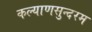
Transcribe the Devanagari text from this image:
कल्याणसुन्दरम